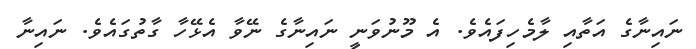
ނައިނާގެ އަތާއި ލާމެހިފައެވެ. އެ މޫނުވަނީ ނައިނާގެ ނޭވާ އެޅޭހާ ގާތުގައެވެ. ނައިނާ